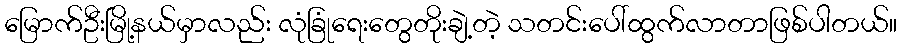
မြောက်ဦးမြို့နယ်မှာလည်း လုံခြုံရေးတွေတိုးချဲ့တဲ့ သတင်းပေါ်ထွက်လာတာဖြစ်ပါတယ်။